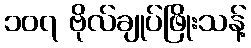
၁၀၇ ဗိုလ်ချုပ်ဖြိုးသန့်